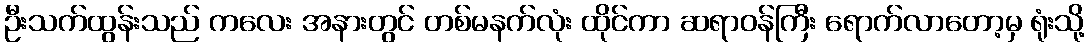
ဦးသက်ထွန်းသည် ကလေး အနားတွင် တစ်မနက်လုံး ထိုင်ကာ ဆရာဝန်ကြီး ရောက်လာတော့မှ ရုံးသို့